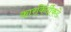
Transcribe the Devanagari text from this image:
कारकिर्दीकडे